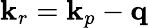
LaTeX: \mathbf k_{r}=\mathbf k_{p}-\mathbf q